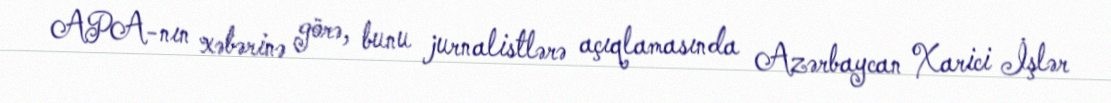
APA-nın xəbərinə görə, bunu jurnalistlərə açıqlamasında Azərbaycan Xarici İşlər